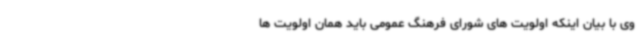
وی با بیان اینکه اولویت های شورای فرهنگ عمومی باید همان اولویت ها